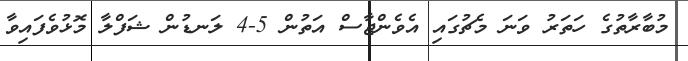
މުބާރާތުގެ ހަތަރު ވަނަ މެޗުގައި އެވެންޖާސް އަތުން 5-4 ލަނޑުން ޝަފްލާ މޮޅުވެފައިވާ